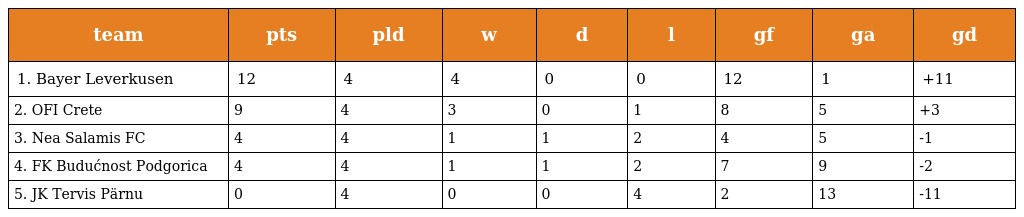
| team | pts | pld | w | d | l | gf | ga | gd |
 | --- | --- | --- | --- | --- | --- | --- | --- | --- |
 | 1. Bayer Leverkusen | 12 | 4 | 4 | 0 | 0 | 12 | 1 | +11 |
 | 2. OFI Crete | 9 | 4 | 3 | 0 | 1 | 8 | 5 | +3 |
 | 3. Nea Salamis FC | 4 | 4 | 1 | 1 | 2 | 4 | 5 | -1 |
 | 4. FK Budućnost Podgorica | 4 | 4 | 1 | 1 | 2 | 7 | 9 | -2 |
 | 5. JK Tervis Pärnu | 0 | 4 | 0 | 0 | 4 | 2 | 13 | -11 |